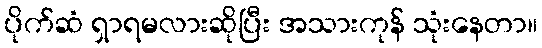
ပိုက်ဆံ ရှာရမလားဆိုပြီး အသားကုန် သုံးနေတာ။